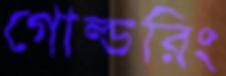
গোল্ডরিং